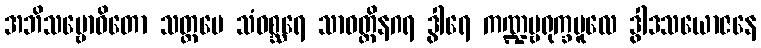
အဘိသမ္ဗောဓိတော သတ္တမေ သံဝစ္ဆရေ သာဝတ္ထိနဂရ ဒွါရေ ကဏ္ဍမ္ဗရုက္ခမူလေ ဒွါဒသယောဇနေ